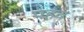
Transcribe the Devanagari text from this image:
पहव